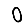
Digit: 0